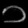
Digit: ၁